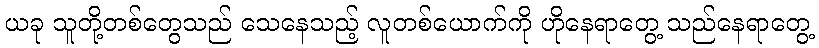
ယခု သူတို့တစ်တွေသည် သေနေသည့် လူတစ်ယောက်ကို ဟိုနေရာတွေ့ သည်နေရာတွေ့